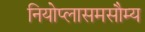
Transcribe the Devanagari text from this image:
नियोप्लासमसौम्य